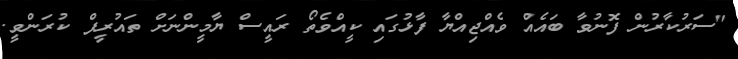
"ސަރުކާރުން ފޮނުވާ ބައެއް ވެއްޖިއްޔާ ފާޅުގައި ކީއްވެތޯ ރައީސް ޔާމީންނަށް ތައުރީފް ކުރަންވީ.